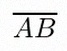
\overline{AB}